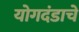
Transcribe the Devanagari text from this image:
योगदंडाचे